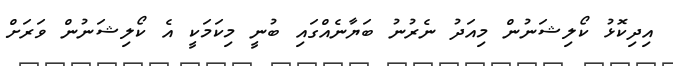
އިދިކޮޅު ކޯލިޝަނުން މިއަދު ނެރުނު ބަޔާނެއްގައި ބުނީ މިކަމަކީ އެ ކޯލިޝަނުން ވަރަށް